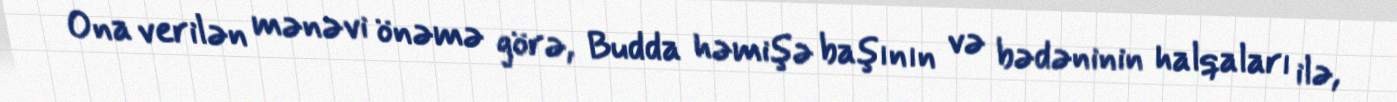
Ona verilən mənəvi önəmə görə, Budda həmişə başının və bədəninin halqaları ilə,